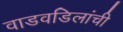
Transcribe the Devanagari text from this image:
वाडवडिलांची